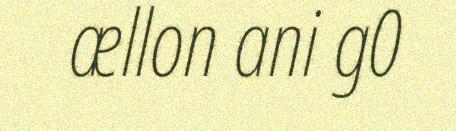
ællon ani g0